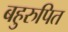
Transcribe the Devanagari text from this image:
बहुरुपित